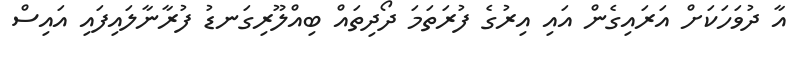
އާ ދުވަހަކަށް އަރައިގެން އައި އިރުގެ ފުރަތަމަ ދޯދިތައް ބިއްލޫރިގަނޑު ފުރާނާލައިފައި އައިސް